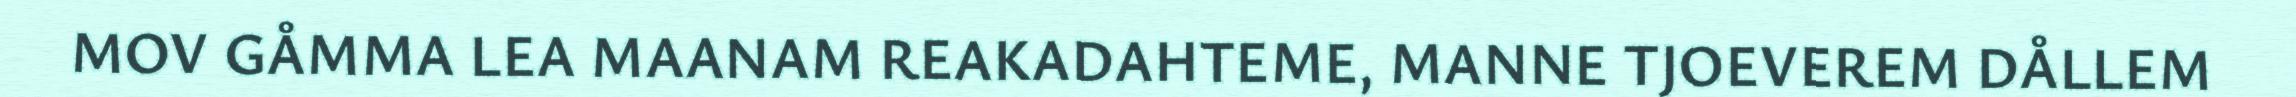
MOV GÅMMA LEA MAANAM REAKADAHTEME, MANNE TJOEVEREM DÅLLEM